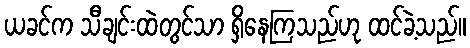
ယခင်က သီချင်းထဲတွင်သာ ရှိနေကြသည်ဟု ထင်ခဲ့သည်။